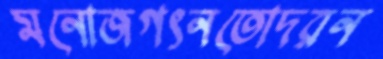
মনোজগৎনতোদরন